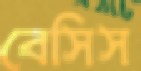
বেসিস